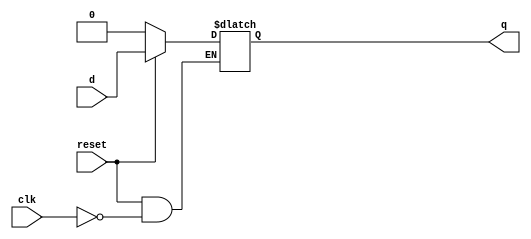
`timescale 1ns / 1ps
//////////////////////////////////////////////////////////////////////////////////
// Company: 
// Engineer: 
// 
// Design Name: 
// Module Name: latch_reset_2
// Project Name: 
// Target Devices: 
// Tool Versions: 
// Description: 
// 
// Dependencies: 
// 
// Revision:
// Revision 0.01 - File Created
// Additional Comments:
// 
//////////////////////////////////////////////////////////////////////////////////


 module latch_reset_2   
      (
        input  clk,reset,
         input  d,
        output  reg  q  
    );
      always @(clk,d,reset) 
        if(!reset)
          q <= 0;
else if(clk)
		  q <= d;
     endmodule